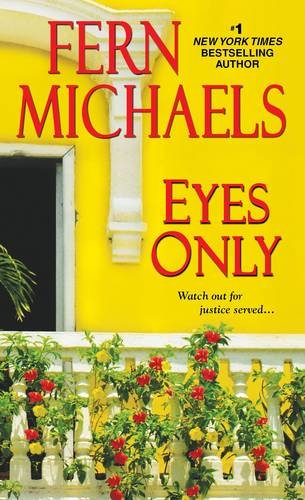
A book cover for Eyes Only (Sisterhood); Fern Michaels; Romance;